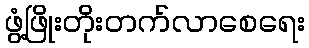
ဖွံ့ဖြိုးတိုးတက်လာစေရေး